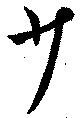
少